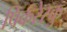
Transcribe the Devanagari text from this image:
पिकरेस्कु